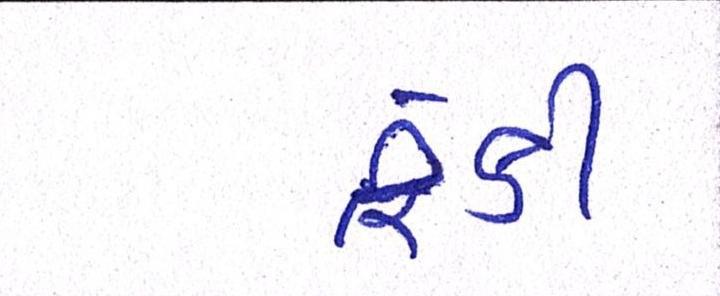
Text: ફેંકી